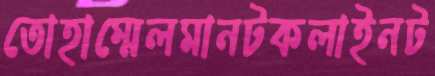
তোহাম্মেলমানটকলাইনট